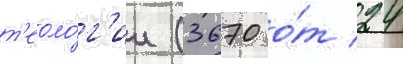
т'еоло́г'ии (3670 о́т 24